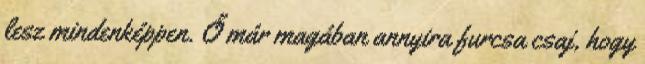
lesz mindenképpen. Ő már magában annyira furcsa csaj, hogy